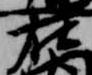
在